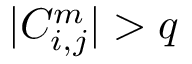
| C _ { i , j } ^ { m } | > q